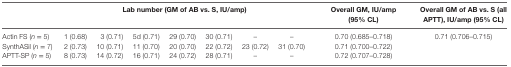
|  | <COLSPAN=7> Lab number (GM of AB vs. S, IU/amp) | Overall GM, IU/amp (95% CL) | Overall GM of AB vs. S (all APTT), IU/amp (95% CL) |
 | --- | --- | --- | --- | --- | --- | --- | --- | --- | --- |
 | Actin FS (n = 5) | 1 (0.68) | 3 (0.71) | 5d (0.71) | 29 (0.70) | 30 (0.71) | – | – | 0.70 (0.685–0.718) | <ROWSPAN=3> 0.71 (0.706–0.715) |
 | SynthASil (n = 7) | 2 (0.73) | 10 (0.71) | 11 (0.70) | 20 (0.70) | 22 (0.72) | 23 (0.72) | 31 (0.70) | 0.71 (0.700–0.722) |
 | APTT-SP (n = 5) | 8 (0.73) | 14 (0.72) | 16 (0.71) | 24 (0.72) | 28 (0.71) | – | – | 0.72 (0.707–0.728) |